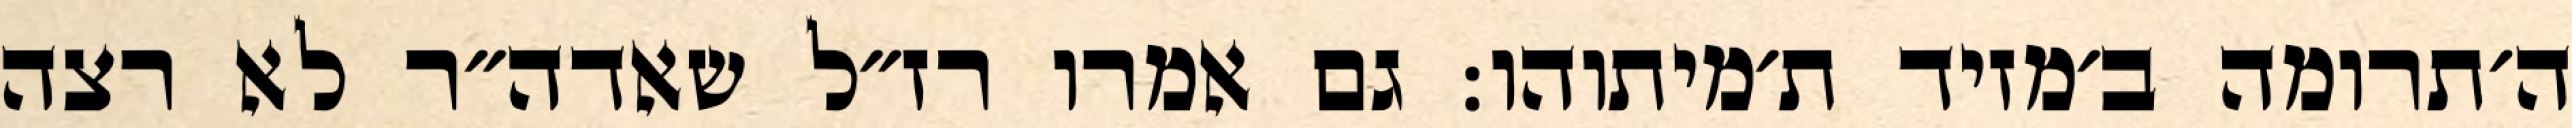
ה׳תרומה ב׳מזיד ת׳מיתוהו: גם אמרו רז״ל שאדה״ר לא רצה